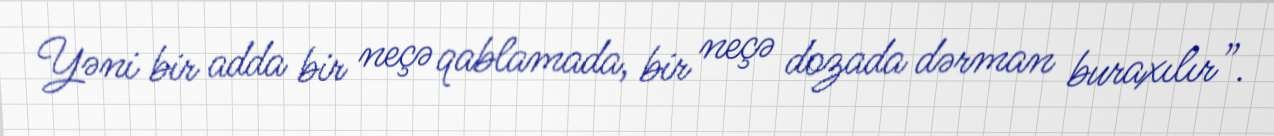
Yəni bir adda bir neçə qablamada, bir neçə dozada dərman buraxılır”.